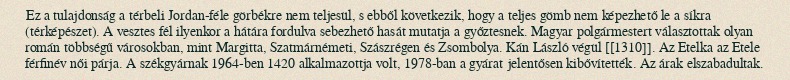
Ez a tulajdonság a térbeli Jordan-féle görbékre nem teljesül, s ebből következik, hogy a teljes gömb nem képezhető le a síkra (térképészet). A vesztes fél ilyenkor a hátára fordulva sebezhető hasát mutatja a győztesnek. Magyar polgármestert választottak olyan román többségű városokban, mint Margitta, Szatmárnémeti, Szászrégen és Zsombolya. Kán László végül [[1310]]. Az Etelka az Etele férfinév női párja. A székgyárnak 1964-ben 1420 alkalmazottja volt, 1978-ban a gyárat jelentősen kibővítették. Az árak elszabadultak.